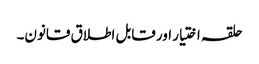
حلقہ اختیار اور قابل اطلاق قانون۔